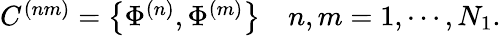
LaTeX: \begin{array}{lr}{{C^{(nm)}=\left\{ \Phi^{(n)},\Phi^{(m)}\right\} }}&{{n,m=1,\cdots,N_{1}.}}\end{array}